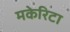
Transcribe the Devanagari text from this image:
मकेरिटा